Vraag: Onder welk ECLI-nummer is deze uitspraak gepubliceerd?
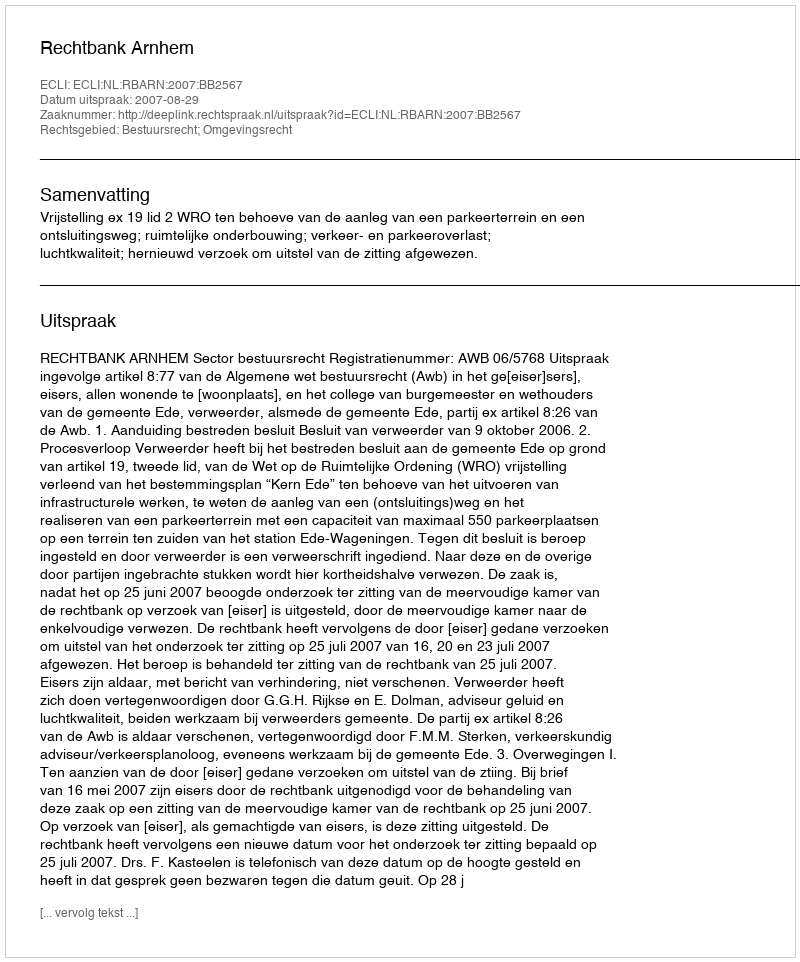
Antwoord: ECLI:NL:RBARN:2007:BB2567